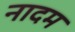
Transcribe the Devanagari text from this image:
नादम